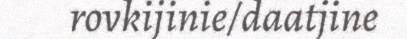
rovkijinie/daatjine